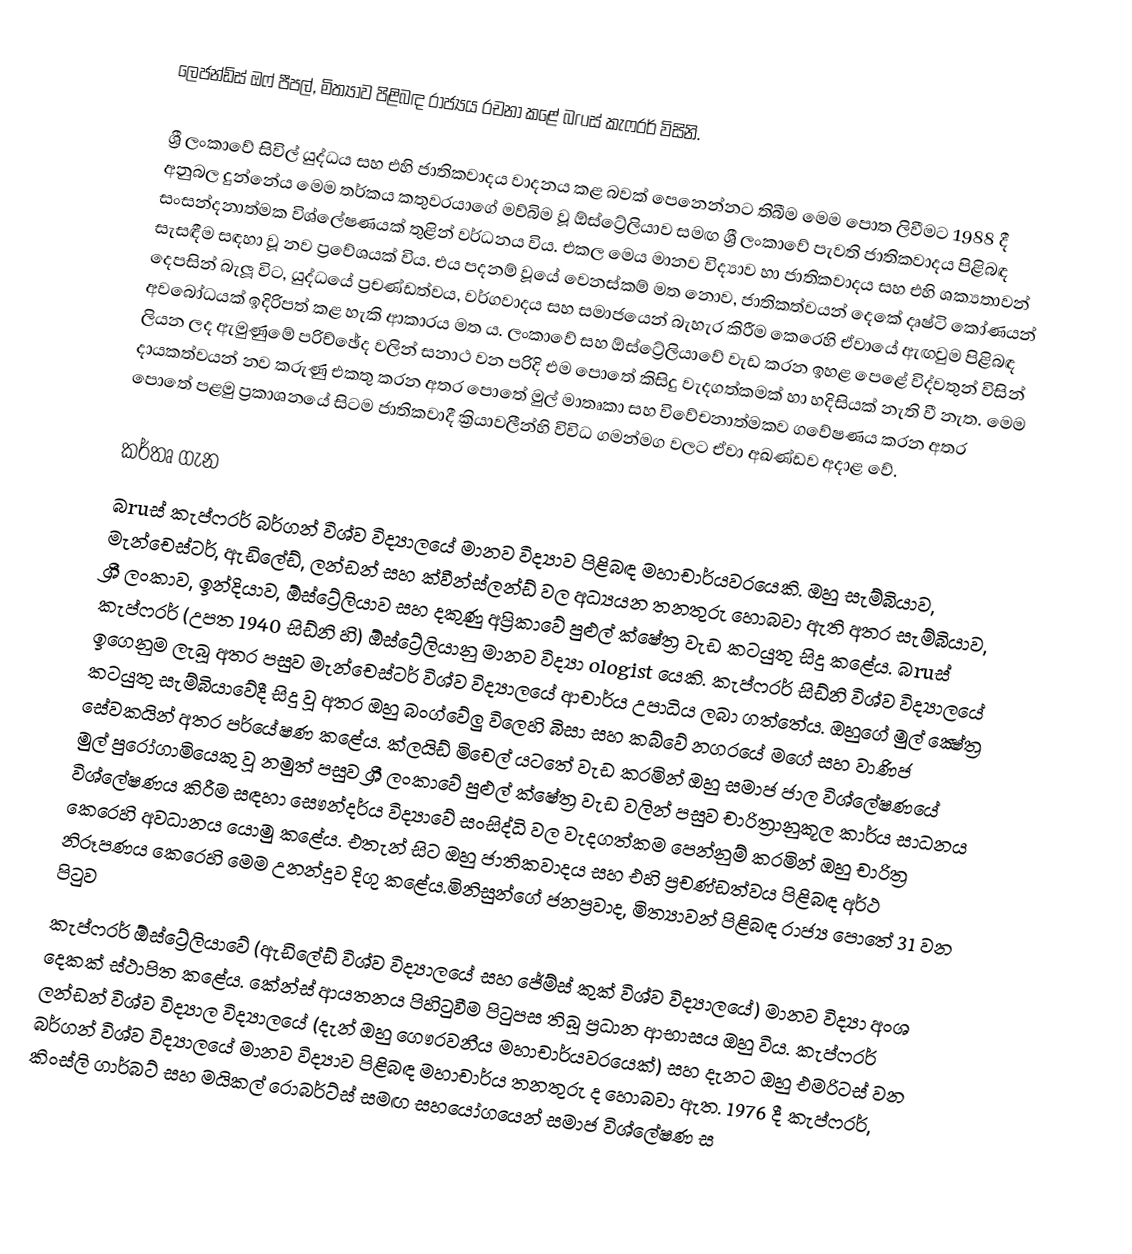
ලෙජන්ඩ්ස් ඔෆ් පීපල්, මිත්‍යාව පිළිබඳ රාජ්‍යය රචනා කළේ බruස් කැෆරර් විසිනි.

ශ්‍රී ලංකාවේ සිවිල් යුද්ධය සහ එහි ජාතිකවාදය වාදනය කළ බවක් පෙනෙන්නට තිබීම මෙම පොත ලිවීමට 1988 දී අනුබල දුන්නේය  මෙම තර්කය කතුවරයාගේ මව්බිම වූ ඕස්ට්‍රේලියාව සමඟ ශ්‍රී ලංකාවේ පැවති ජාතිකවාදය පිළිබඳ සංසන්දනාත්මක විශ්ලේෂණයක් තුළින් වර්ධනය විය.  එකල මෙය මානව විද්‍යාව හා ජාතිකවාදය සහ එහි ශක්‍යතාවන් සැසඳීම සඳහා වූ නව ප්‍රවේශයක් විය. එය පදනම් වූයේ වෙනස්කම් මත නොව, ජාතිකත්වයන් දෙකේ දෘෂ්ටි කෝණයන් දෙපසින් බැලූ විට, යුද්ධයේ ප්‍රචණ්ඩත්වය, වර්ගවාදය සහ සමාජයෙන් බැහැර කිරීම කෙරෙහි ඒවායේ ඇඟවුම පිළිබඳ අවබෝධයක් ඉදිරිපත් කළ හැකි ආකාරය මත ය. ලංකාවේ සහ ඕස්ට්‍රේලියාවේ වැඩ කරන ඉහළ පෙළේ විද්වතුන් විසින් ලියන ලද ඇමුණුමේ පරිච්ඡේද වලින් සනාථ වන පරිදි එම පොතේ කිසිදු වැදගත්කමක් හා හදිසියක් නැති වී නැත. මෙම දායකත්වයන් නව කරුණු එකතු කරන අතර පොතේ මුල් මාතෘකා සහ විවේචනාත්මකව ගවේෂණය කරන අතර පොතේ පළමු ප්‍රකාශනයේ සිටම ජාතිකවාදී ක්‍රියාවලීන්හි විවිධ ගමන්මග වලට ඒවා අඛණ්ඩව අදාළ වේ.

කර්තෘ ගැන
බruස් කැප්ෆරර් බර්ගන් විශ්ව විද්‍යාලයේ මානව විද්‍යාව පිළිබඳ මහාචාර්යවරයෙකි. ඔහු සැම්බියාව, මැන්චෙස්ටර්, ඇඩිලේඩ්, ලන්ඩන් සහ ක්වීන්ස්ලන්ඩ් වල අධ්‍යයන තනතුරු හොබවා ඇති අතර සැම්බියාව, ශ්‍රී ලංකාව, ඉන්දියාව, ඕස්ට්‍රේලියාව සහ දකුණු අප්‍රිකාවේ පුළුල් ක්ෂේත්‍ර වැඩ කටයුතු සිදු කළේය. බruස් කැප්ෆරර් (උපත 1940 සිඩ්නි හි) ඕස්ට්‍රේලියානු මානව විද්‍යා ologist යෙකි. කැප්ෆරර් සිඩ්නි විශ්ව විද්‍යාලයේ ඉගෙනුම ලැබූ අතර පසුව මැන්චෙස්ටර් විශ්ව විද්‍යාලයේ ආචාර්ය උපාධිය ලබා ගත්තේය. ඔහුගේ මුල් ක්‍ෂේත්‍ර කටයුතු සැම්බියාවේදී සිදු වූ අතර ඔහු බංග්වේලු විලෙහි බිසා සහ කබ්වේ නගරයේ මගේ සහ වාණිජ සේවකයින් අතර පර්යේෂණ කළේය. ක්ලයිඩ් මිචෙල් යටතේ වැඩ කරමින් ඔහු සමාජ ජාල විශ්ලේෂණයේ මුල් පුරෝගාමියෙකු වූ නමුත් පසුව ශ්‍රී ලංකාවේ පුළුල් ක්ෂේත්‍ර වැඩ වලින් පසුව චාරිත්‍රානුකූල කාර්ය සාධනය විශ්ලේෂණය කිරීම සඳහා සෞන්දර්ය විද්‍යාවේ සංසිද්ධි වල වැදගත්කම පෙන්නුම් කරමින් ඔහු චාරිත්‍ර කෙරෙහි අවධානය යොමු කළේය. එතැන් සිට ඔහු ජාතිකවාදය සහ එහි ප්‍රචණ්ඩත්වය පිළිබඳ අර්ථ නිරූපණය කෙරෙහි මෙම උනන්දුව දිගු කළේය.මිනිසුන්ගේ ජනප්‍රවාද, මිත්‍යාවන් පිළිබඳ රාජ්‍ය පොතේ 31 වන පිටුව
කැප්ෆරර් ඕස්ට්‍රේලියාවේ (ඇඩිලේඩ් විශ්ව විද්‍යාලයේ සහ ජේම්ස් කුක් විශ්ව විද්‍යාලයේ) මානව විද්‍යා අංශ දෙකක් ස්ථාපිත කළේය. කේන්ස් ආයතනය පිහිටුවීම පිටුපස තිබූ ප්‍රධාන ආභාසය ඔහු විය. කැප්ෆරර් ලන්ඩන් විශ්ව විද්‍යාල විද්‍යාලයේ (දැන් ඔහු ගෞරවනීය මහාචාර්යවරයෙක්) සහ දැනට ඔහු එමරිටස් වන බර්ගන් විශ්ව විද්‍යාලයේ මානව විද්‍යාව පිළිබඳ මහාචාර්ය තනතුරු ද හොබවා ඇත. 1976 දී කැප්ෆරර්, කිංස්ලි ගාර්බට් සහ මයිකල් රොබර්ට්ස් සමඟ සහයෝගයෙන් සමාජ විශ්ලේෂණ ස